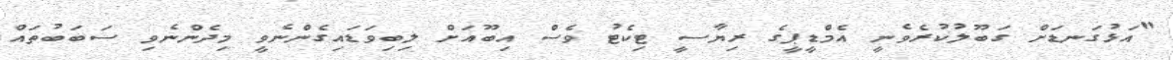
"އަޅުގަނޑަށް ގަބޫލުކުރެވެނީ އެމްޑީޕީގެ ރިޔާސީ ޓިކެޓު ވެސް އިބޫއަށް ލިބިވަޑައިގެންނެވީ މިދެންނެވި ސަބަބުތައް